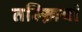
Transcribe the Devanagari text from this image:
तल्ख़ियां